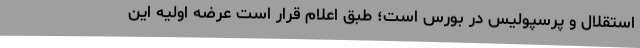
استقلال و پرسپولیس در بورس است؛ طبق اعلام قرار است عرضه اولیه این